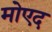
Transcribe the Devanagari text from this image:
मोएद